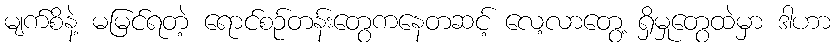
မျက်စိနဲ့ မမြင်ရတဲ့ ရောင်စဉ်တန်းတွေကနေတဆင့် လေ့လာတွေ့ ရှိမှုတွေထဲမှာ ဒါဟာ